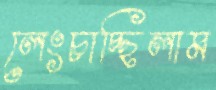
লেংচাচ্ছিলাম